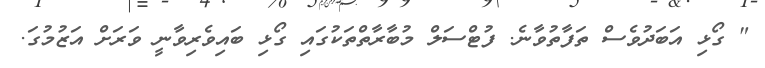
" ގޯޅި އަބަދުވެސް ތަފާތުވާނެ. ފުޓްސަލް މުބާރާތްތަކުގައި ގޯޅި ބައިވެރިވާނީ ވަރަށް އަޒުމުގަ.